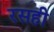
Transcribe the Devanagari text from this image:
रसही